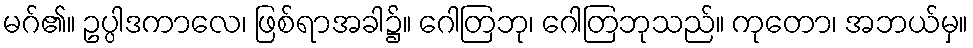
မဂ်၏။ ဥပ္ပါဒကာလေ၊ ဖြစ်ရာအခါ၌။ ဂေါတြဘု၊ ဂေါတြဘုသည်။ ကုတော၊ အဘယ်မှ။